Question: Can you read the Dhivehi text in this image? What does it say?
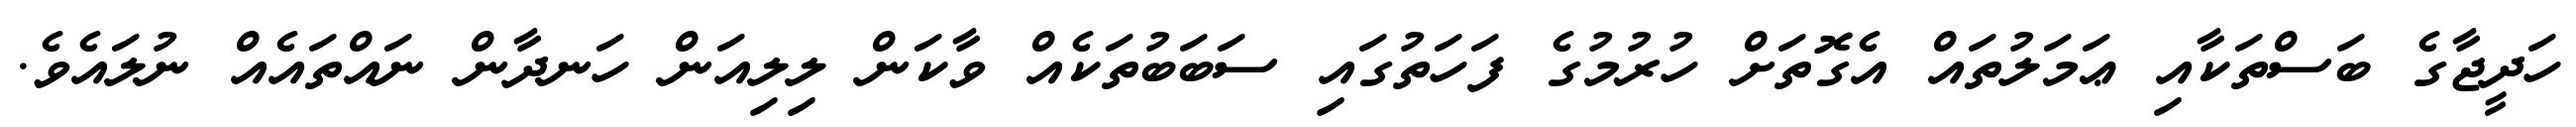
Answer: ހަދީޖާގެ ބަސްތަކާއި ޢަމަލުތައް އެގޮތަށް ހުރުމުގެ ފަހަތުގައި ސަބަބުތަކެއް ވާކަން ލިލިއަން ހަނދާން ނައްތައެއް ނުލައެވެ.